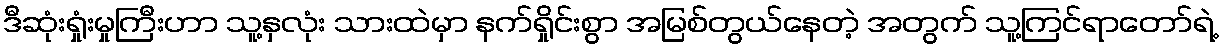
ဒီဆုံးရှုံးမှုကြီးဟာ သူ့နှလုံး သားထဲမှာ နက်ရှိုင်းစွာ အမြစ်တွယ်နေတဲ့ အတွက် သူ့ကြင်ရာတော်ရဲ့